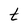
Character: t